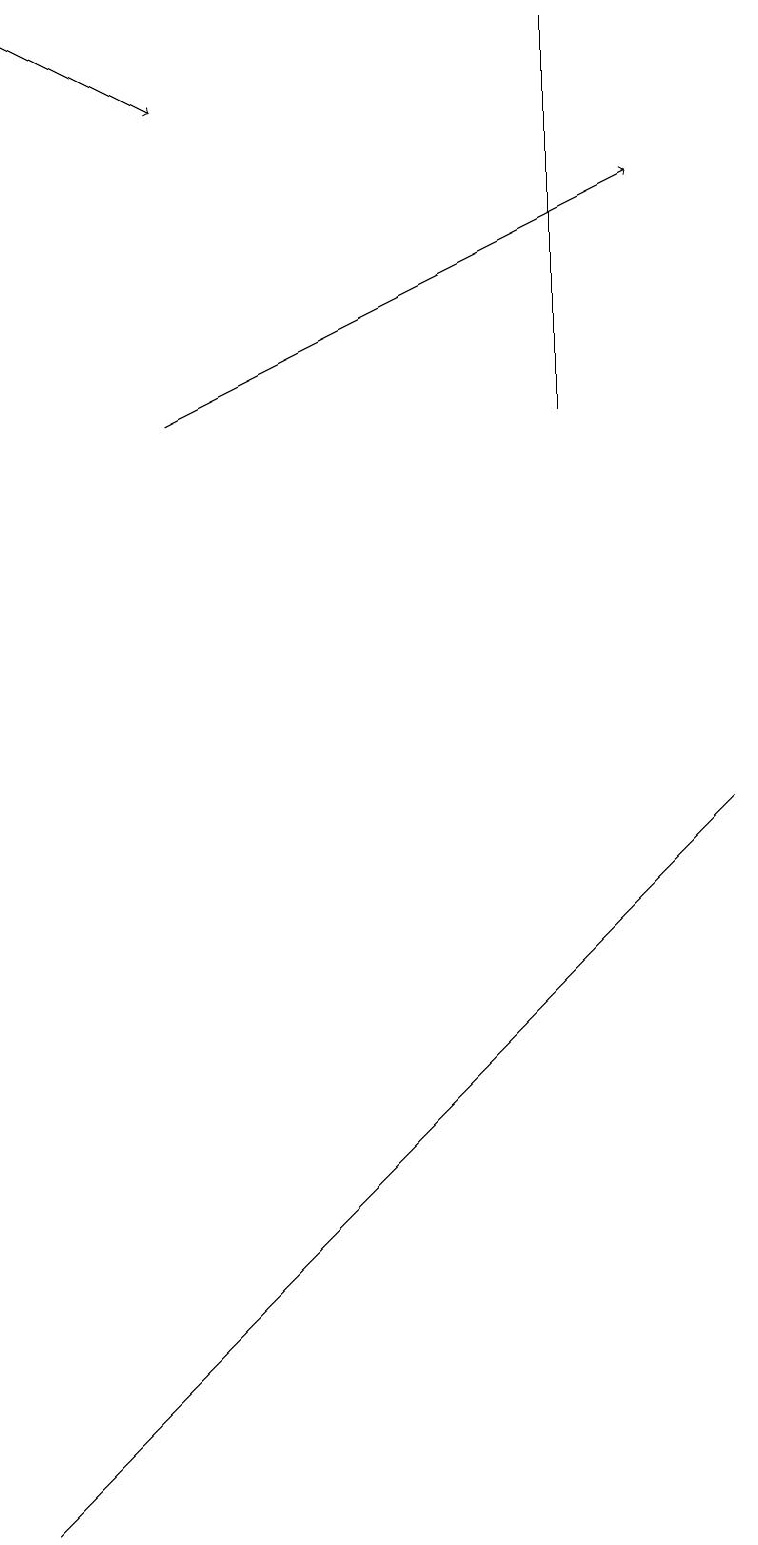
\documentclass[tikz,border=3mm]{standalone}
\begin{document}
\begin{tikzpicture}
\draw (7,14) rectangle (7,19);
\draw (9,9) -- (0,0) -- (3,3) -- cycle;
\draw[->] (2,14) -- (8,17);
\draw[->] (0,19) -- (2,18);
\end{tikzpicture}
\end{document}